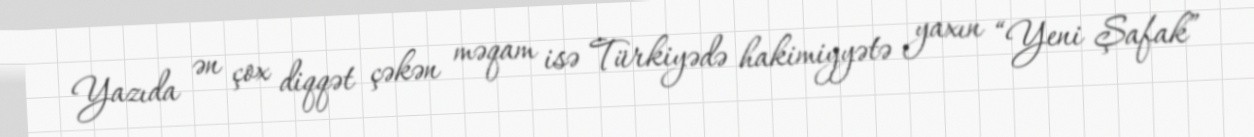
Yazıda ən çox diqqət çəkən məqam isə Türkiyədə hakimiyyətə yaxın “Yeni Şafak”